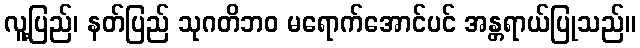
လူ့ပြည်၊ နတ်ပြည် သုဂတိဘဝ မရောက်အောင်ပင် အန္တရာယ်ပြုသည်။